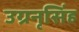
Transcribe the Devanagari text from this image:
उग्रनृसिंह